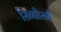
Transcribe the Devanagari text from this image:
सिगाौरनी